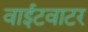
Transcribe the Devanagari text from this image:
वाईटवाटर